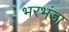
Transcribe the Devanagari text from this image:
भरभंडा